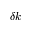
\delta k